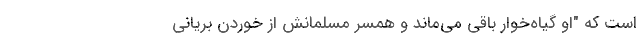
است که "او گیاه‌خوار باقی می‌ماند و همسر مسلمانش از خوردن بریانی